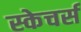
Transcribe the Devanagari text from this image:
स्केचर्स